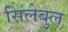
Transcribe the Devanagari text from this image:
सिलेबुल